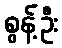
စွန့်ဦး